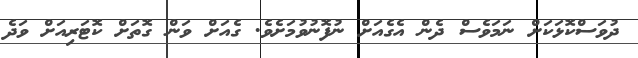
ދުވަސްކޮޅަކަށް ނަމަވެސް ދެން އެގެއަށް ނުފޮނުވުމަށެވެ. ގެއަށް ވަން ގޮތަށް ކޮޓަރިއަށް ވަދެ